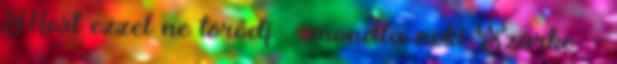
Most ezzel ne törődj. - mondta neki Szürke. -